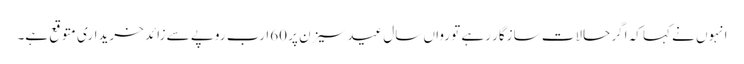
انہوں نے کہا کہ اگر حالات سازگار رہے تو رواں سال عید سیزن پر 60ارب روپے سے زائد خریداری متوقع ہے۔